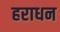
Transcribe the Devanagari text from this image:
हराधन